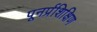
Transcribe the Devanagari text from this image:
पूनर्प्रशिक्षिण